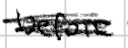
Text: before
Cross-out: scratch
Writing tool: digital_black